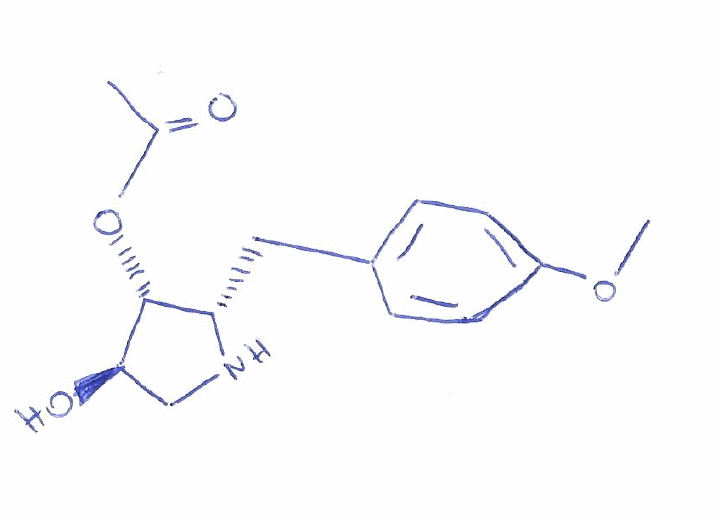
Simplified molecular-input line-entry system (SMILES) notation of the given molecule:
CC(=O)O[C@H]1[C@@H](CN[C@H]1CC2=CC=C(C=C2)OC)O